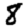
Digit: 8